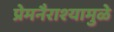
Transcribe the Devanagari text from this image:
प्रेमनैराश्‍यामुळे